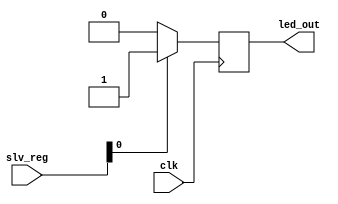
`timescale 1ns / 1ps
//////////////////////////////////////////////////////////////////////////////////
// Company: 
// Engineer: 
// 
// Design Name: 
// Module Name: led_axi_ip
// Project Name: 
// Target Devices: 
// Tool Versions: 
// Description: 
// 
// Dependencies: 
// 
// Revision:
// Revision 0.01 - File Created
// Additional Comments:
// 
//////////////////////////////////////////////////////////////////////////////////


module led_axi_ip(
        input wire [31:0] slv_reg,
        input wire clk,
        output reg led_out
    );

    // CHANGES TO MY CODE

    always @(posedge clk) begin
        if(slv_reg[0] == 1) begin
            led_out <= 1;
        end else begin
            led_out <= 0;
        end
    end

endmodule